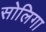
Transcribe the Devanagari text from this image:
सोलिगा